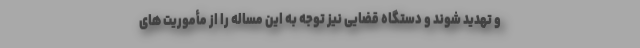
و تهدید شوند و دستگاه قضایی نیز توجه به این مساله را از مأموریت های